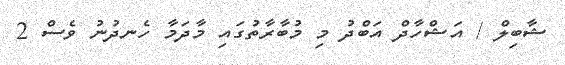
ޝާބިލް / އަޝްހާދް އަބްދު މި މުބާރާތުގައި މާދަމާ ހެނދުނު ވެސް 2